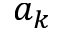
a _ { k }